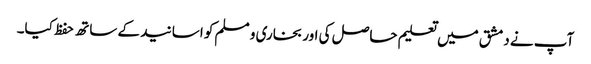
آپ نے دمشق میں تعلیم حاصل کی اور بخاری و مسلم کو اسانید کے ساتھ حفظ کیا۔